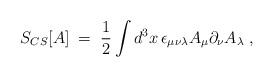
LaTeX: \begin{align*}S_{CS}[A]\;=\;\frac{1}{2}\int d^3x \, \epsilon_{\mu\nu\lambda}A_\mu\partial _\nu A_\lambda \;,\end{align*}